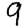
Digit: 9